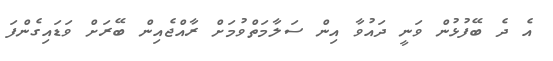
އެ ދެ ބޭފުޅުން ވަނީ ދައުވާ އިން ސަލާމަތްވުމަށް ރާއްޖެއިން ބޭރަށް ވަޑައިގެންފަ